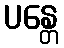
ပန္တေ